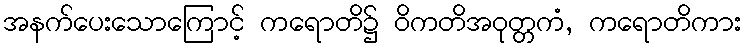
အနက်ပေးသောကြောင့် ကရောတိ၌ ဝိကတိအဝုတ္တကံ, ကရောတိကား